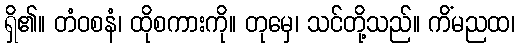
ရှိ၏။ တံဝစနံ၊ ထိုစကားကို။ တုမှေ၊ သင်တို့သည်။ ကိံမညထ၊